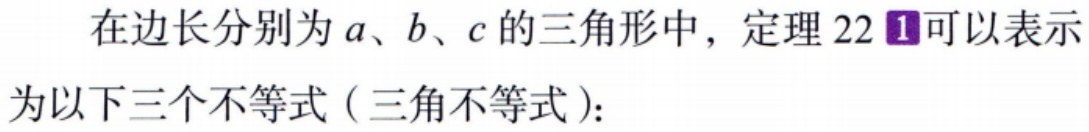
在边长分别为\(a\)、\(b\)、\(c\)的三角形中，定理 \(22\boldsymbol{1}\)可以表示为以下三个不等式（三角不等式）：